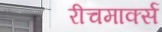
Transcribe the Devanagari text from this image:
रीचमार्क्स